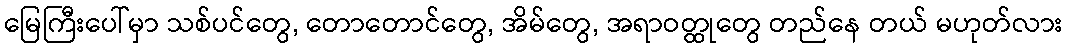
မြေကြီးပေါ်မှာ သစ်ပင်တွေ, တောတောင်တွေ, အိမ်တွေ, အရာဝတ္ထုတွေ တည်နေ တယ် မဟုတ်လား